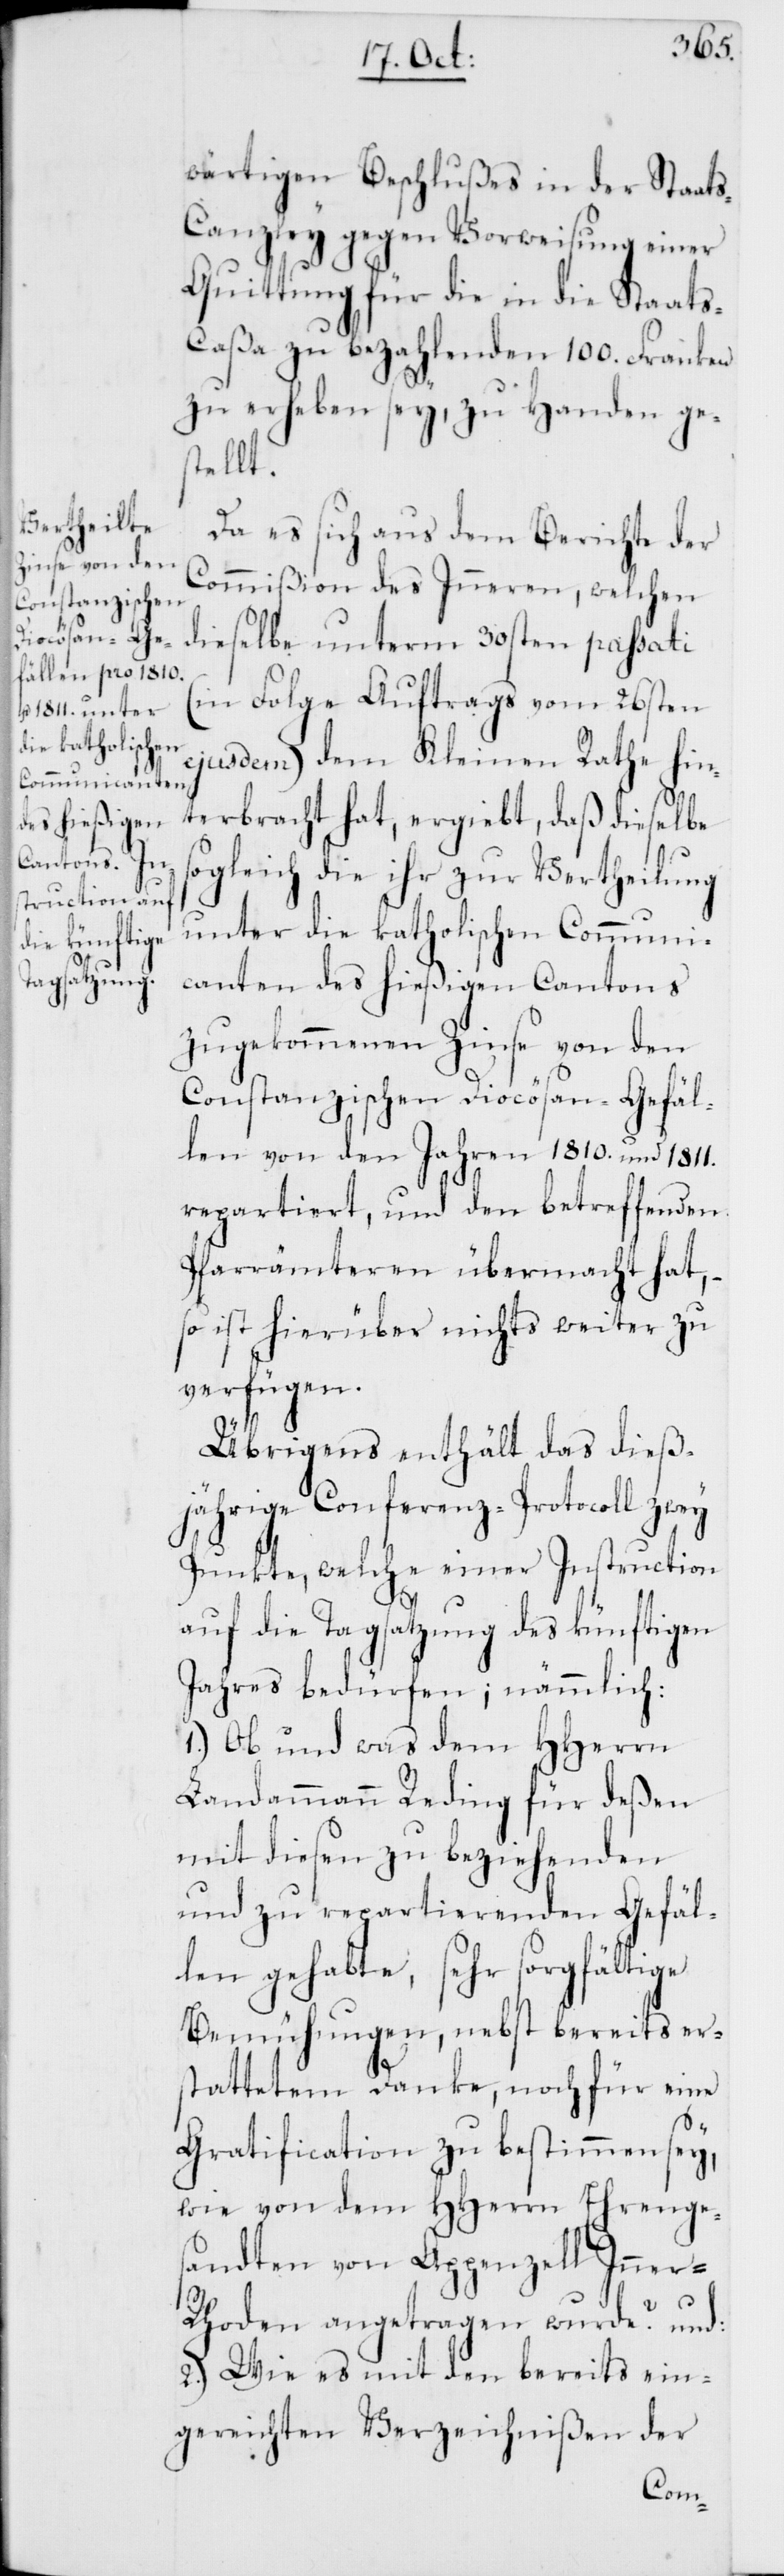
wärtigen Beschlußes in der Staat¬
s-Canzley gegen Vorweisung einer
Quittung für die in die Staat¬
s-Caßa zu bezahlenden 100. Franken
zu erheben sey, zu Handen ges¬
tellt.
Da es sich aus dem Berichte der
Commißion des Inneren, welchen
dieselbe unterm 30sten passati
(in Folge Auftrags vom 26sten
ejusdem) dem Kleinen Rathe hin¬
terbracht hat, ergiebt, daß dieselbe
sogleich die ihr zur Vertheilung
unter die katholischen Communi¬
canten des hießigen Cantons
zugekommenen Zinse von den
Constanzischen Diocösan-Gefäl¬
len von den Jahren 1810. und 1811.
repartiert, und den betreffenden
Pfarrämteren übermacht hat, –
so ist hierüber nichts weiter zu
verfügen.
Übrigens enthält das dieß¬
jährige Conferenz-Protocoll zwey
Punkte, welche einer Instruction
auf die Tagsatzung des künftigen
Jahres bedürfen; nämmlich:
1.) Ob und was dem HHerren
Landammann Reding für deßen
mit diesen zu beziehenden
und zu repartierenden Gefäl¬
len gehabte, sehr sorgfältige
Bemühungen, nebst bereits er¬
stattetem Danke, noch für eine
Gratification zu bestimmen sey,
wie von dem HHerren Ehrenges¬
andten von Appenzell Inner-R¬
hoden angetragen wurde? und:
2.) Wie es mit den bereits ein¬
gereichten Verzeichnißen der